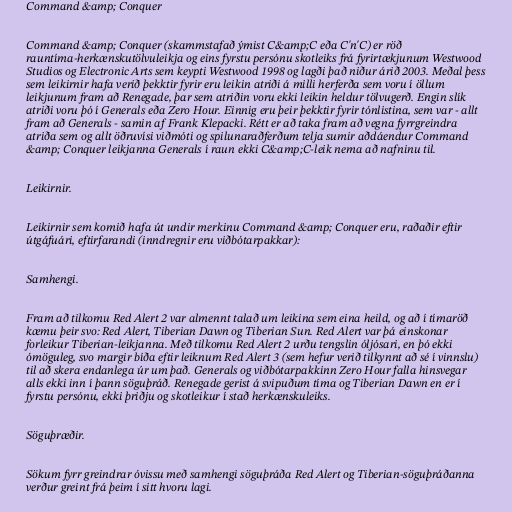
Command &amp; Conquer

Command &amp; Conquer (skammstafað ýmist C&amp;C eða C'n'C) er röð
rauntíma-herkænskutölvuleikja og eins fyrstu persónu skotleiks frá fyrirtækjunum Westwood
Studios og Electronic Arts sem keypti Westwood 1998 og lagði það niður árið 2003. Meðal þess
sem leikirnir hafa verið þekktir fyrir eru leikin atriði á milli herferða sem voru í öllum
leikjunum fram að Renegade, þar sem atriðin voru ekki leikin heldur tölvugerð. Engin slík
atriði voru þó í Generals eða Zero Hour. Einnig eru þeir þekktir fyrir tónlistina, sem var - allt
fram að Generals - samin af Frank Klepacki. Rétt er að taka fram að vegna fyrrgreindra
atriða sem og allt öðruvísi viðmóti og spilunaraðferðum telja sumir aðdáendur Command
&amp; Conquer leikjanna Generals í raun ekki C&amp;C-leik nema að nafninu til.

Leikirnir.

Leikirnir sem komið hafa út undir merkinu Command &amp; Conquer eru, raðaðir eftir
útgáfuári, eftirfarandi (inndregnir eru viðbótarpakkar):

Samhengi.

Fram að tilkomu Red Alert 2 var almennt talað um leikina sem eina heild, og að í tímaröð
kæmu þeir svo: Red Alert, Tiberian Dawn og Tiberian Sun. Red Alert var þá einskonar
forleikur Tiberian-leikjanna. Með tilkomu Red Alert 2 urðu tengslin óljósari, en þó ekki
ómöguleg, svo margir bíða eftir leiknum Red Alert 3 (sem hefur verið tilkynnt að sé í vinnslu)
til að skera endanlega úr um það. Generals og viðbótarpakkinn Zero Hour falla hinsvegar
alls ekki inn í þann söguþráð. Renegade gerist á svipuðum tíma og Tiberian Dawn en er í
fyrstu persónu, ekki þriðju og skotleikur í stað herkænskuleiks.

Söguþræðir.

Sökum fyrr greindrar óvissu með samhengi söguþráða Red Alert og Tiberian-söguþráðanna
verður greint frá þeim í sitt hvoru lagi.